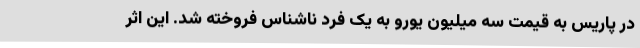
در پاریس به قیمت سه میلیون یورو به یک فرد ناشناس فروخته شد. این اثر